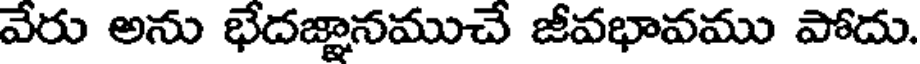
వేరు అను భేదజ్ఞానముచే జీవభావము పోదు.